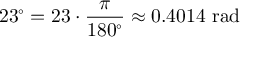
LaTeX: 2 3 ^ { \circ } = 2 3 \cdot { \frac { \pi } { 1 8 0 ^ { \circ } } } \approx 0 . 4 0 1 4 { \mathrm { ~ r a d } }